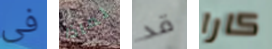
فى لماذا قد كارا